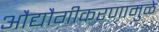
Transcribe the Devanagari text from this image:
औद्यौगीकरणामुळे